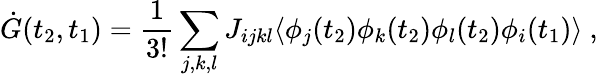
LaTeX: \dot{G}(t_{2},t_{1})=\frac{1}{3!}\sum_{j,k,l}J_{ijkl}\langle\phi_{j}(t_{2})\phi_{k}(t_{2})\phi_{l}(t_{2})\phi_{i}(t_{1})\rangle~,